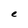
Character: e